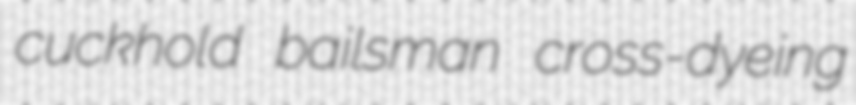
cuckhold bailsman cross-dyeing